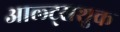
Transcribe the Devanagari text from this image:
आल्ट्सशुक